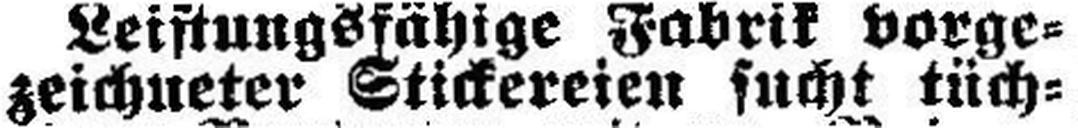
zeichneter Stickereien sucht tüch¬